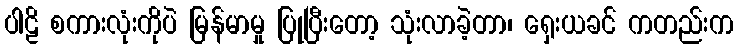
ပါဠိ စကားလုံးကိုပဲ မြန်မာမှု ပြုပြီးတော့ သုံးလာခဲ့တာ၊ ရှေးယခင် ကတည်းက